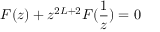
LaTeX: F ( z ) + z ^ { 2 L + 2 } F ( \frac { 1 } { z } ) = 0